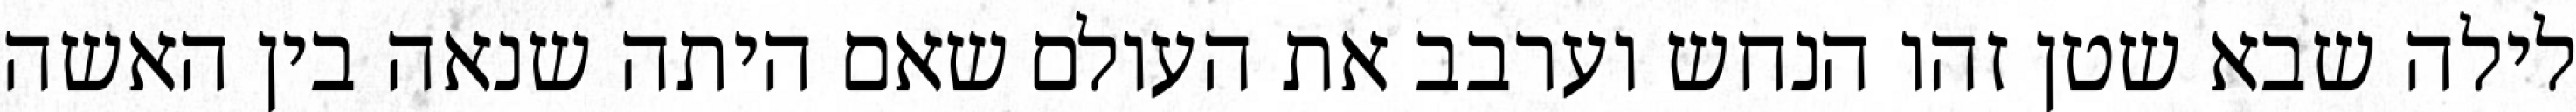
לילה שבא שטן זהו הנחש וערבב את העולם שאם היתה שנאה בין האשה